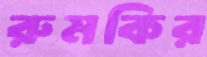
রুমকির